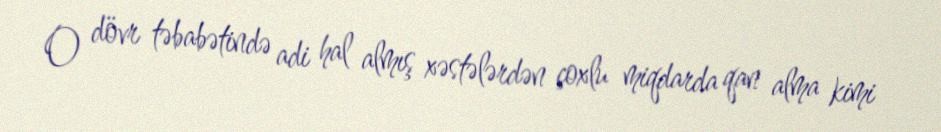
O dövr təbabətində adi hal almış xəstələrdən çoxlu miqdarda qan alma kimi